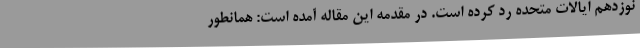
نوزدهم ایالات متحده رد کرده است. در مقدمه این مقاله آمده است: همانطور